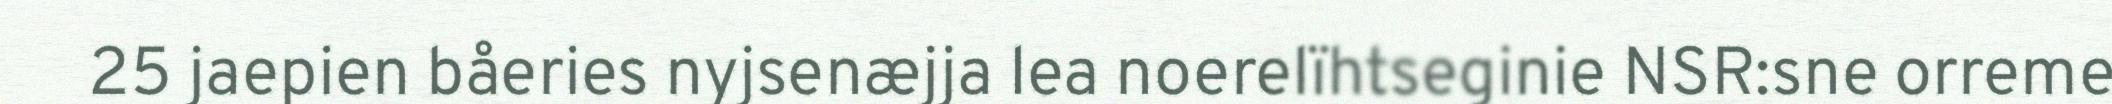
25 jaepien båeries nyjsenæjja lea noerelïhtseginie NSR:sne orreme